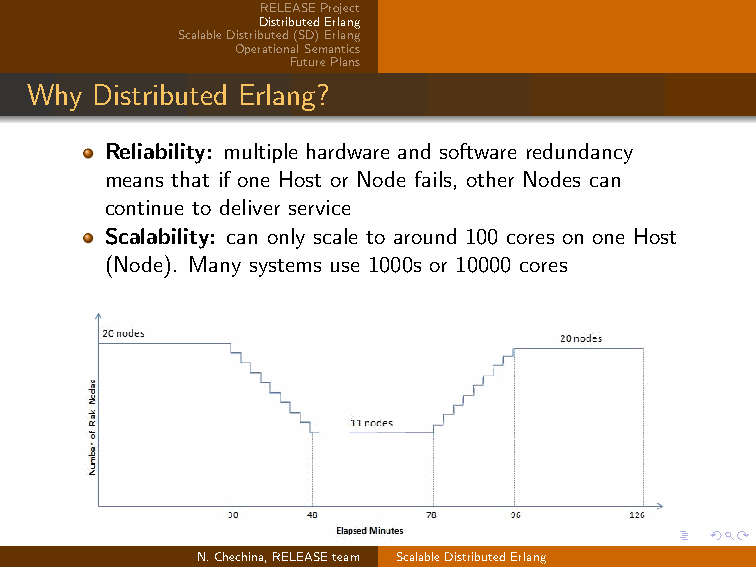
RELEASEProject
 DistributedErlang
 ScalableDistributed(SD)Erlang
 OperationalSemantics
 FuturePlans
 Why Distributed Erlang?
 Reliability: multiple hardware and software redundancy
 means that if one Host or Node fails, other Nodes can
 continue to deliver service
 Scalability: can only scale to around 100 cores on one Host
 (Node). Many systems use 1000s or 10000 cores
 N.Chechina,RELEASEteam ScalableDistributedErlang